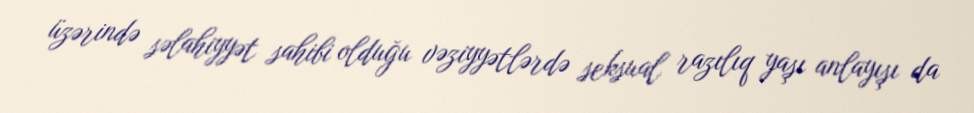
üzərində səlahiyyət sahibi olduğu vəziyyətlərdə seksual razılıq yaşı anlayışı da